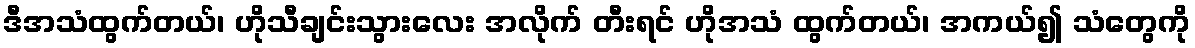
ဒီအသံထွက်တယ်၊ ဟိုသီချင်းသွားလေး အလိုက် တီးရင် ဟိုအသံ ထွက်တယ်၊ အကယ်၍ သံတွေကို